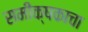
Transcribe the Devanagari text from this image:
समीक्षकाचा